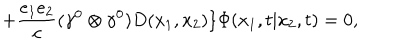
+ \frac { e _ { 1 } e _ { 2 } } { c } ( { \gamma } ^ { 0 } \otimes { \gamma } ^ { 0 } ) D ( x _ { 1 } , x _ { 2 } ) \} { \Phi } ( x _ { 1 } , t | x _ { 2 } , t ) = 0 ,